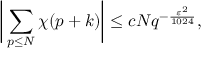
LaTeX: { \biggl | } \sum _ { p \leq N } \chi ( p + k ) { \biggr | } \leq c N q ^ { - { \frac { \varepsilon ^ { 2 } } { 1 0 2 4 } } } ,